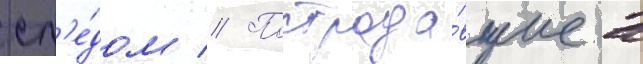
сл'е́дом // Пострада́вшие в